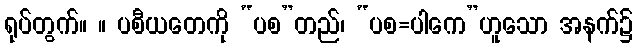
ရုပ်တွက်။ ။ ပစီယတေကို “ပစ”တည်၊ “ပစ=ပါကေ”ဟူသော အနက်၌